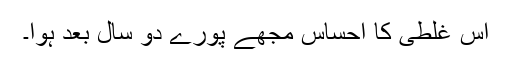
اس غلطی کا احساس مجھے پورے دو سال بعد ہُوا۔